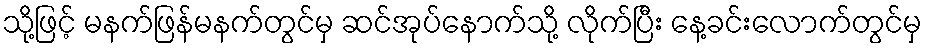
သို့ဖြင့် မနက်ဖြန်မနက်တွင်မှ ဆင်အုပ်နောက်သို့ လိုက်ပြီး နေ့ခင်းလောက်တွင်မှ